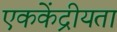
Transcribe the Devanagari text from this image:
एककेंद्रीयता